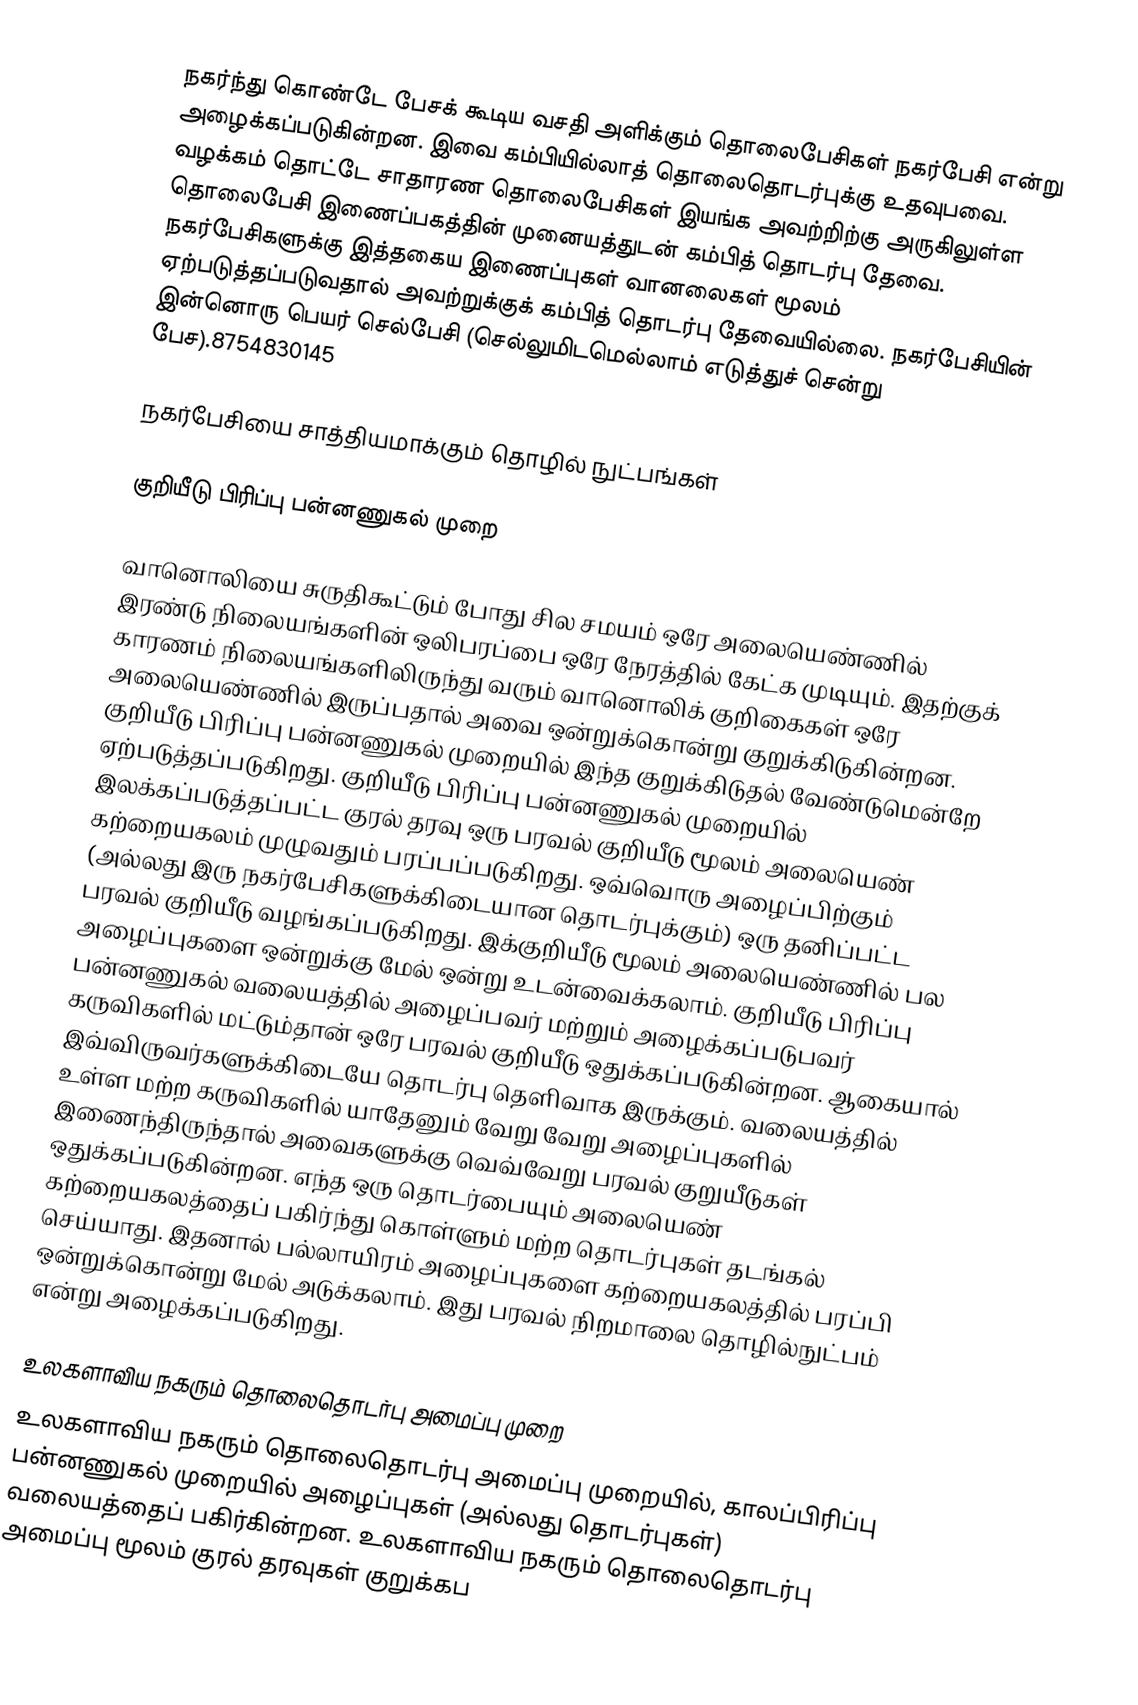
நகர்ந்து கொண்டே பேசக் கூடிய வசதி அளிக்கும் தொலைபேசிகள் நகர்பேசி என்று அழைக்கப்படுகின்றன. இவை கம்பியில்லாத் தொலைதொடர்புக்கு உதவுபவை. வழக்கம் தொட்டே சாதாரண தொலைபேசிகள் இயங்க அவற்றிற்கு அருகிலுள்ள தொலைபேசி இணைப்பகத்தின் முனையத்துடன் கம்பித் தொடர்பு தேவை. நகர்பேசிகளுக்கு இத்தகைய இணைப்புகள் வானலைகள் மூலம் ஏற்படுத்தப்படுவதால் அவற்றுக்குக் கம்பித் தொடர்பு தேவையில்லை. நகர்பேசியின் இன்னொரு பெயர் செல்பேசி (செல்லுமிடமெல்லாம் எடுத்துச் சென்று பேச).8754830145

நகர்பேசியை சாத்தியமாக்கும் தொழில் நுட்பங்கள்

குறியீடு பிரிப்பு பன்னணுகல் முறை

வானொலியை சுருதிகூட்டும் போது சில சமயம் ஒரே அலையெண்ணில் இரண்டு நிலையங்களின் ஒலிபரப்பை ஒரே நேரத்தில் கேட்க முடியும். இதற்குக் காரணம் நிலையங்களிலிருந்து வரும் வானொலிக் குறிகைகள் ஒரே அலையெண்ணில் இருப்பதால் அவை ஒன்றுக்கொன்று குறுக்கிடுகின்றன. குறியீடு பிரிப்பு பன்னணுகல் முறையில் இந்த குறுக்கிடுதல் வேண்டுமென்றே ஏற்படுத்தப்படுகிறது. குறியீடு பிரிப்பு பன்னணுகல் முறையில் இலக்கப்படுத்தப்பட்ட குரல் தரவு ஒரு பரவல் குறியீடு மூலம் அலையெண் கற்றையகலம் முழுவதும் பரப்பப்படுகிறது. ஒவ்வொரு அழைப்பிற்கும் (அல்லது இரு நகர்பேசிகளுக்கிடையான தொடர்புக்கும்) ஒரு தனிப்பட்ட பரவல் குறியீடு வழங்கப்படுகிறது. இக்குறியீடு மூலம் அலையெண்ணில் பல அழைப்புகளை ஒன்றுக்கு மேல் ஒன்று உடன்வைக்கலாம். குறியீடு பிரிப்பு பன்னணுகல் வலையத்தில் அழைப்பவர் மற்றும் அழைக்கப்படுபவர் கருவிகளில் மட்டும்தான் ஒரே பரவல் குறியீடு ஒதுக்கப்படுகின்றன. ஆகையால் இவ்விருவர்களுக்கிடையே தொடர்பு தெளிவாக இருக்கும். வலையத்தில் உள்ள மற்ற கருவிகளில் யாதேனும் வேறு வேறு அழைப்புகளில் இணைந்திருந்தால் அவைகளுக்கு வெவ்வேறு பரவல் குறுயீடுகள் ஒதுக்கப்படுகின்றன. எந்த ஒரு தொடர்பையும் அலையெண் கற்றையகலத்தைப் பகிர்ந்து கொள்ளும் மற்ற தொடர்புகள் தடங்கல் செய்யாது. இதனால் பல்லாயிரம் அழைப்புகளை கற்றையகலத்தில் பரப்பி ஒன்றுக்கொன்று மேல் அடுக்கலாம். இது பரவல் நிறமாலை தொழில்நுட்பம் என்று அழைக்கப்படுகிறது.

உலகளாவிய நகரும் தொலைதொடர்பு அமைப்பு முறை
உலகளாவிய நகரும் தொலைதொடர்பு அமைப்பு முறையில், காலப்பிரிப்பு பன்னணுகல் முறையில் அழைப்புகள் (அல்லது தொடர்புகள்) வலையத்தைப் பகிர்கின்றன. உலகளாவிய நகரும் தொலைதொடர்பு அமைப்பு மூலம் குரல் தரவுகள் குறுக்கப